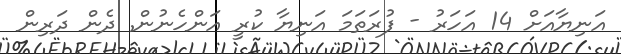
އަނިޔާއަށް 14 އަހަރު - ފުރަތަމަ އަނިޔާ ކުރީ އަންހެނުން